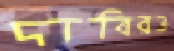
দাবিরও